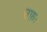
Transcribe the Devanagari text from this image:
सफ़ः